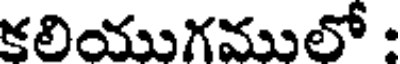
కలియుగములో :